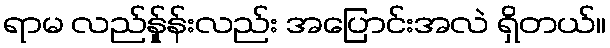
ရာမ လည်န်ှုန်းလည်း အပြောင်းအလဲ ရှိတယ်။